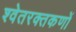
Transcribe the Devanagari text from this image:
श्वेतरक्तकणों